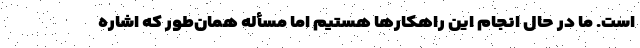
است. ما در حال انجام این راهکارها هستیم اما مسأله همان‌طور که اشاره